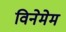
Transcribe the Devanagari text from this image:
विनेमेम